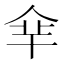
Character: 𠈾